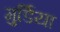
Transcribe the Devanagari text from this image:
गुर्डिया